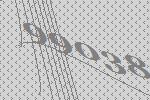
99038